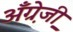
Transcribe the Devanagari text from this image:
अँग्रे़जी़